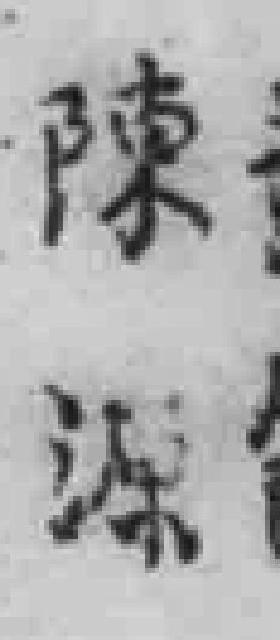
陳源